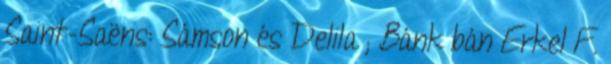
Saint-Saëns: Sámson és Delila ; Bánk bán Erkel F.